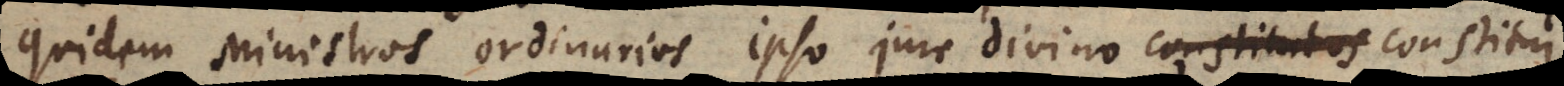
quidem ministros ordinarios ipso jure divino constitutos esse